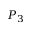
P _ { 3 }